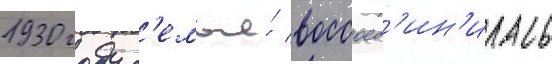
1930 году с'емья́ воссоед'ин'илась